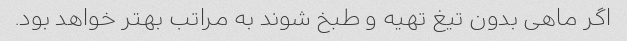
اگر ماهی بدون تیغ تهیه و طبخ شوند به مراتب بهتر خواهد بود.